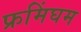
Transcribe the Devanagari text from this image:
फ्रमिंघम